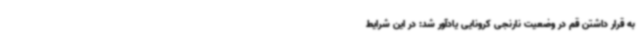
به قرار داشتن قم در وضعیت نارنجی کرونایی یادآور شد: در این شرایط